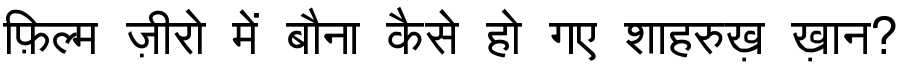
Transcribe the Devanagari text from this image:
फ़िल्म ज़ीरो में बौना कैसे हो गए शाहरुख़ ख़ान?